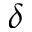
\delta